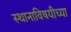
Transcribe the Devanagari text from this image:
स्थानाविषयीच्या